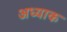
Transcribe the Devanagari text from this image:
अध्याक